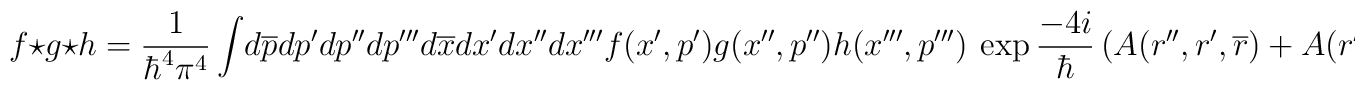
f\star g \star h={1\over \hbar ^4 \pi^4}\int \! d\overline{p} dp' dp'' dp''' d\overline{x} dx' dx'' dx'''  f(x',p') g(x'',p'') h(x''',p''') ~\exp {-4i\over \hbar} \left( A(r'', r',\overline{r})+A(r''', \overline{r}, r ) \right) ,